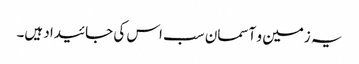
یہ زمین و آسمان سب اس کی جائیداد ہیں۔